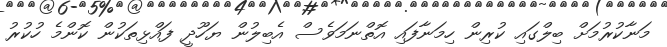
މަނާކުރުމަށް ބިލްގައި ކުރިން ހިމަނާފައި އޮތްނަމަވެސް އެބިލުން ޔަހޫދީ ފައްޅިތަކުން ކޮންމެ ހުކުރު